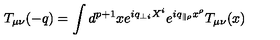
T _ { \mu \nu } ( - q ) = \int d ^ { p + 1 } x e ^ { i q _ { \perp i } X ^ { i } } e ^ { i q _ { \parallel \rho } x ^ { \rho } } T _ { \mu \nu } ( x )